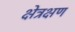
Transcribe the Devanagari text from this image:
क्षेत्रक्षण